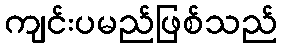
ကျင်းပမည်ဖြစ်သည်